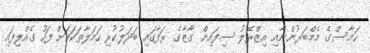
ހަމާސްގެ މެމްބަރުންނާއި އިޒްރޭލު ސިފައިން ގާޒާގެ ރަފާގައި ބަދަލުކުރި ހަމަލާތަކަކަށް ފަހު ގެއްލިފައި